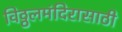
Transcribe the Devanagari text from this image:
विठ्ठलमंदिरासाठी